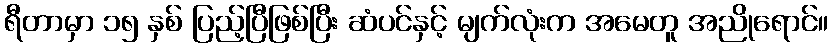
ရီတာမှာ ၁၅ နှစ် ပြည့်ပြီဖြစ်ပြီး ဆံပင်နှင့် မျက်လုံးက အမေတူ အညိုရောင်။